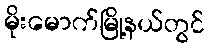
မိုးမောက်မြို့နယ်တွင်